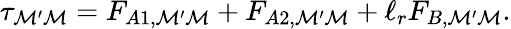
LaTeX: \tau_{\mathcal{M}^{\prime}\mathcal{M}}=F_{A1,\mathcal{M}^{\prime}\mathcal{M}}+F_{A2,\mathcal{M}^{\prime}\mathcal{M}}+\ell_{r}F_{B,\mathcal{M}^{\prime}\mathcal{M}}.